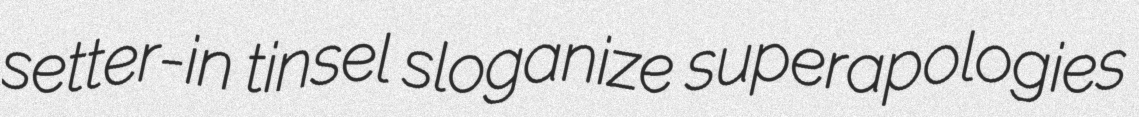
setter-in tinsel sloganize superapologies